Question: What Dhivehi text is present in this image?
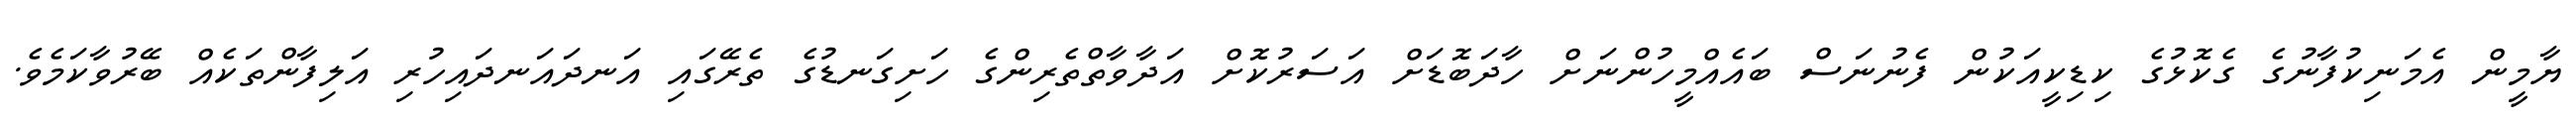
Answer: ޔާމީން އެމަނިކުފާނުގެ ގެކޮޅުގެ ކިޑިކީއަކުން ފެނުނަސް ބައެއްމީހުންނަށް ހާދަބޮޑަށް އަސަރުކޮށް އަދާވާތްތެރިންގެ ހަށިގަނޑުގެ ތެރޭގައި އަނދައަނދައިހުރި އަލިފާންތަކެއް ބޭރުވާކަމެވެ.